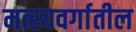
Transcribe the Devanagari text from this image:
मत्स्यवर्गातील